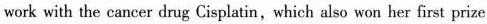
work with the cancer drug Cisplatin, which also won her first prize